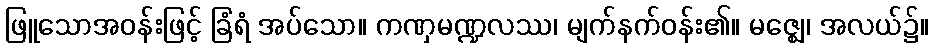
ဖြူသောအဝန်းဖြင့် ခြံရံ အပ်သော။ ကဏှမဏ္ဍလဿ၊ မျက်နက်ဝန်း၏။ မဇ္ဈေ၊ အလယ်၌။